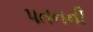
૫તનની